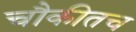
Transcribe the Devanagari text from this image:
चौकीतच